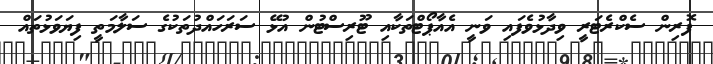
ފޮރިން ސެކްރެޓަރީ ވިދާޅުވެފައި ވަނީ އެއާޕޯޓްތަކާއި ޓޫރިސްޓުން އުޅޭ ސަރަހައްދުތަކުގެ ސަލާމަތީ ފިޔަވަޅުތައް